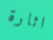
اثارة